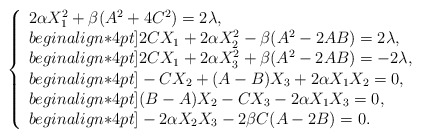
\begin{align*}\left\{\begin{array}{l}2 \alpha X_1^2+\beta ( A^2 +4C^2) =2\lambda, \\begin{align*}4pt]2CX_1+2 \alpha X_2^2-\beta(A^2-2AB)=2\lambda, \\begin{align*}4pt]2CX_1+2 \alpha X_3^2+\beta(A^2 -2AB )=-2\lambda, \\begin{align*}4pt]-C X_2+(A-B) X_3+2\alpha X_1X_2=0, \\begin{align*}4pt](B-A)X_2 -C X_3-2\alpha X_1X_3=0, \\begin{align*}4pt]-2\alpha X_2X_3-2\beta C(A-2B)=0.\end{array}\right.\end{align*}